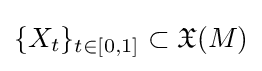
\{X_{t}\}_{t\in [0,1]}\subset {\mathfrak {X}}(M)